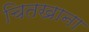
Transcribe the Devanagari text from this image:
चितखाना